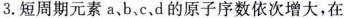
3.短周期元素a、b、c、d的原子序数依次增大，在